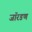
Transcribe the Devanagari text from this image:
जॉरडण